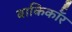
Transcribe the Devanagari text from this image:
बाकिर्कॉर